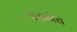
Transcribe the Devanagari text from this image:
शहानेच